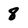
Character: 8